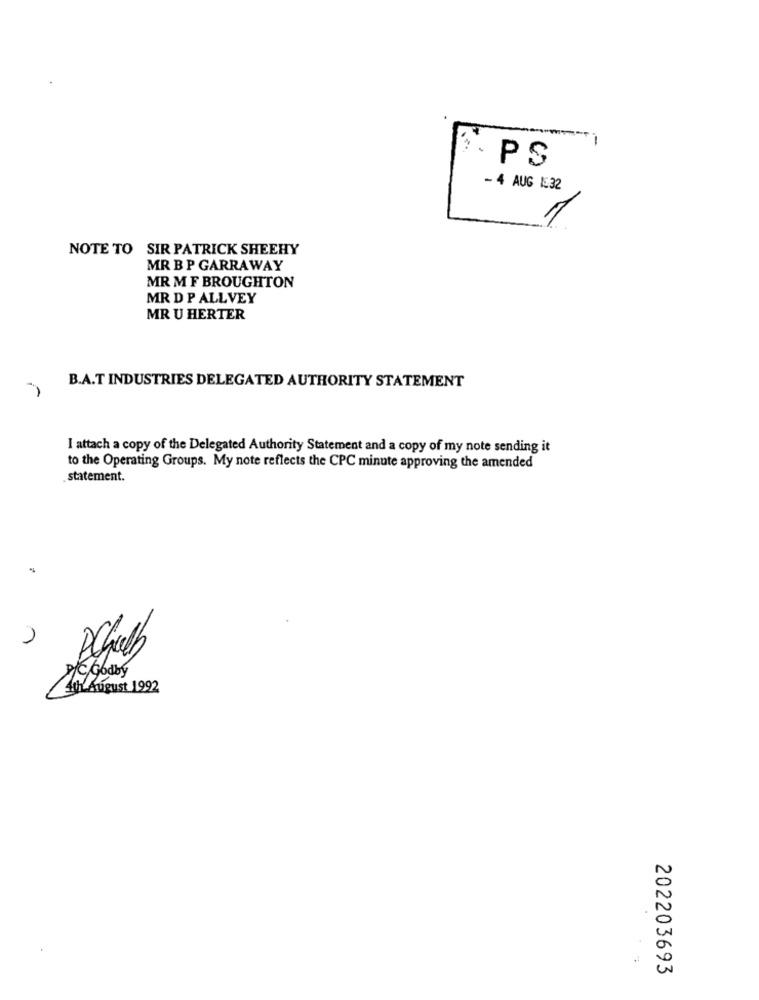
PS
- 4 AUG 132
NOTE TO SIR PATRICK SHEEHY
MR B P GARRAWAY
MR M F BROUGHTON
MR D P ALLVEY
MR U HERTER
B.A.T INDUSTRIES DELEGATED AUTHORITY STATEMENT
I attach a copy of the Delegated Authority Statement and a copy of my note sending it
to the Operating Groups. My note reflects the CPC minute approving the amended
statement.
PIC, Godby
Ath August 1992
202203693